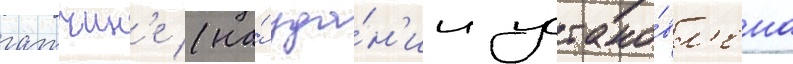
гатчин'е (на́ зда́н'ии устано́вл'ена